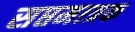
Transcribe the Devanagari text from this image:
सप्तमात्रक